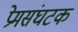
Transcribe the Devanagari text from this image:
प्रेमसंघटक